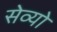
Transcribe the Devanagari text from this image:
सेव्यो